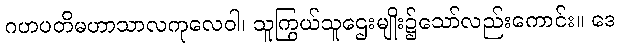
ဂဟပတိမဟာသာလကုလေဝါ၊ သူကြွယ်သူဌေးမျိုး၌သော်လည်းကောင်း။ ဒေ